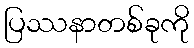
ပြဿနာတစ်ခုကို